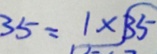
3 5 = 1 \times 3 5